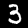
Label: 3